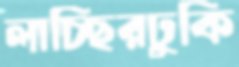
লাচ্ছিরঢুকি